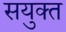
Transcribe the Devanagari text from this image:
सयुक्‍त